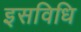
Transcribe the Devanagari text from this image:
इसविधि